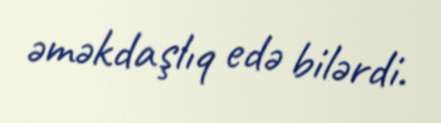
əməkdaşlıq edə bilərdi.